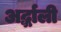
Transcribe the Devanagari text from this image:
अर्द्धाली